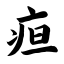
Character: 疸